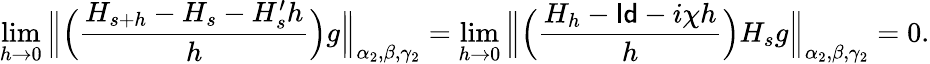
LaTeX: \operatorname*{lim}_{h\to 0}\Big\| \Big(\frac{H_{s+h}-H_{s}-H_{s}^{\prime}h}{h}\Big)g\Big\| _{\alpha_{2},\beta,\gamma_{2}}=\operatorname*{lim}_{h\to 0}\Big\| \Big(\frac{H_{h}-\mathsf{Id}-i\chi h}{h}\Big)H_{s}g\Big\| _{\alpha_{2},\beta,\gamma_{2}}=0.